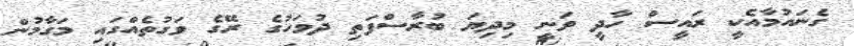
ގެނައުމާއެކީ ރައީސް ހާދީ ވަނީ މިދިޔަ ބުރާސްފަތި ދުވަހުގެ ރޭގެ ވަގުތެއްގައި މަގާމުން